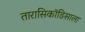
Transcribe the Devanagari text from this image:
तारासिकॉडिसाला